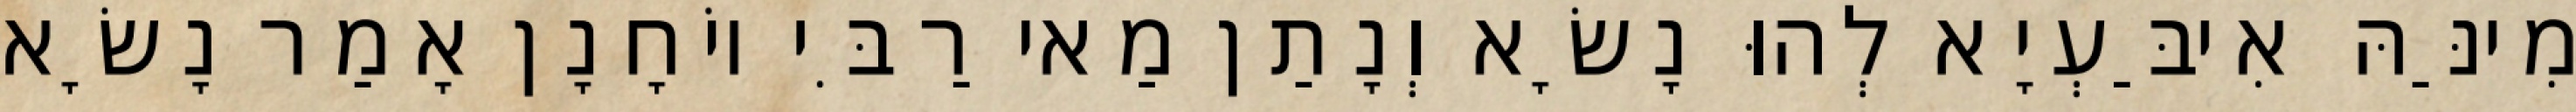
מִינַּהּ אִיבַּעְיָא לְהוּ נָשָׂא וְנָתַן מַאי רַבִּי יוֹחָנָן אָמַר נָשָׂא